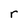
Character: r